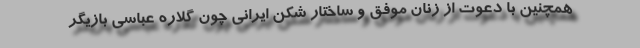
همچنین با دعوت از زنان موفق و ساختار شکن ایرانی چون گلاره عباسی بازیگر